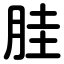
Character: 胿